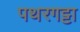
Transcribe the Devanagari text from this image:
पथरगट्टा